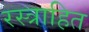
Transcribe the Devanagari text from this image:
रस्त्राहित